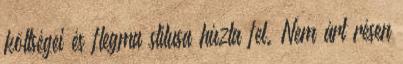
költségei és flegma stílusa húzta fel. Nem árt résen